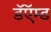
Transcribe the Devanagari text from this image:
डॅऍम्ड